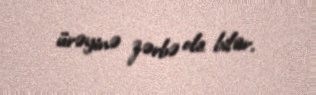
ürəyinə zərbə ola bilər.